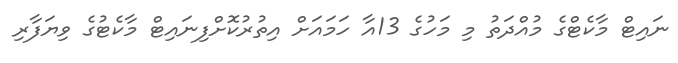
ނައިޓް މާކެޓްގެ މުއްދަތު މި މަހުގެ 13އާ ހަމައަށް އިތުރުކޮށްފިނައިޓް މާކެޓުގެ ވިޔަފާރި